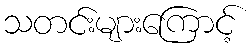
သတင်းများကြောင့်